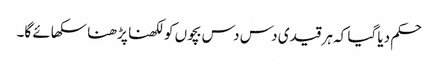
حکم دیا گیا کہ ہر قیدی دس دس بچوں کو لکھنا پڑھنا سکھائے گا۔